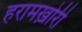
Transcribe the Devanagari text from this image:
हरामख़ोरी